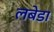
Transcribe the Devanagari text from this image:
लबेडा